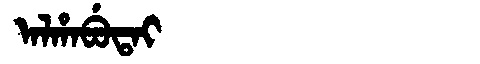
Manchu: ᠠᠯᡥᠠᠪᡠᡨᠠᡳ
Romanization: ALHABUTAI